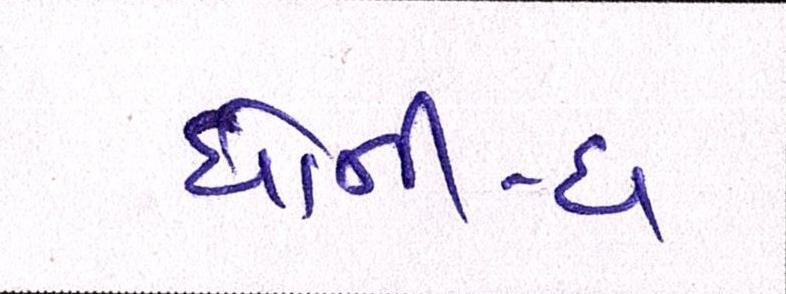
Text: ધોની-ધ